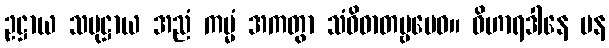
ဥဋ္ဌာယ သမုဋ္ဌာယ အညံ ကမ္မံ အကတွာ သံဝိဓာတဗ္ဗမေဝ။ ဝိဟာရဒါနေ ပန